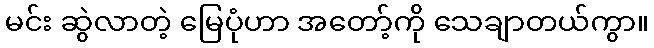
မင်း ဆွဲလာတဲ့ မြေပုံဟာ အတော့်ကို သေချာတယ်ကွာ။